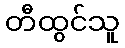
တီထွင်သူ